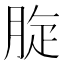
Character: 𦛔